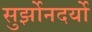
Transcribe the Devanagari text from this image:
सुर्झोनदर्यो